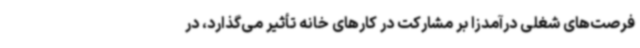
فرصت‌های شغلی درآمدزا بر مشارکت در کارهای خانه تأثیر می‌گذارد، در